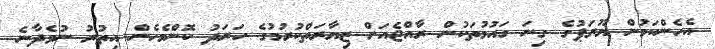
އެހެންކަމުން ޔޫރަޕުގެ ގިނަ ގައުމުތަކުން ރާއްޖެއަށް ޒިޔާރަތްކުރުމުގެ ހަރަދު ކޮންމެހެން އިތުރު ނުވެދާނެ